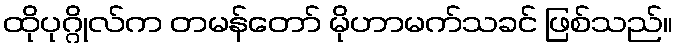
ထိုပုဂ္ဂိုလ်က တမန်တော် မိုဟာမက်သခင် ဖြစ်သည်။